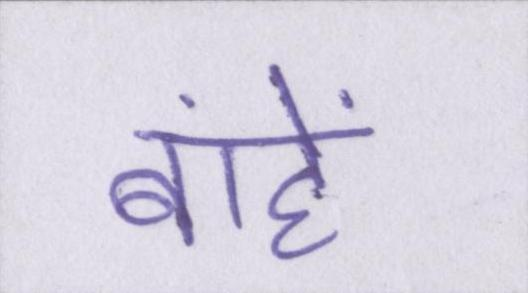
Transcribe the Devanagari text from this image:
बांहें